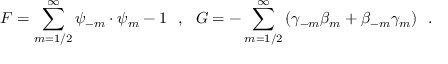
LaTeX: { F } = { \sum _ { m = 1 / 2 } ^ { \infty } \psi _ { - m } \cdot \psi _ { m } } - 1 ~ ~ , ~ ~ { G } = { - \sum _ { m = 1 / 2 } ^ { \infty } \left( \gamma _ { - m } \beta _ { m } + \beta _ { - m } \gamma _ { m } \right) } ~ ~ .